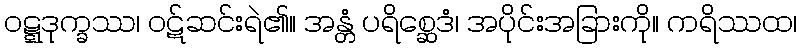
ဝဋ္ဋဒုက္ခဿ၊ ဝဋ်ဆင်းရဲ၏။ အန္တံ ပရိစ္ဆေဒံ၊ အပိုင်းအခြားကို။ ကရိဿထ၊